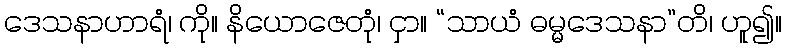
ဒေသနာဟာရံ၊ ကို။ နိယောဇေတုံ၊ ငှာ။ “သာယံ ဓမ္မဒေသနာ”တိ၊ ဟူ၍။